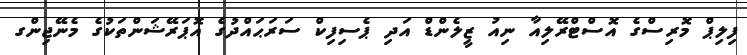
ފިލިޕް މޮރިސްގެ އޮސްޓްރޭލިއާ ނިއު ޒީލެންޑް އަދި ޕެސިފިކް ސަރަޙައްދުގެ އޮޕަރޭޝަންތަކުގެ މެނޭޖިންގ